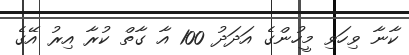
ކާނާ ވިހަވި މީހުންގެ އަދަދު 100 އާ ގާތް ކުރާ އިރު އޭގެ